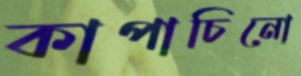
কাপাচিনো